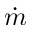
\dot { m }